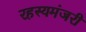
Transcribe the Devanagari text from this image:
रहस्यमंजरी